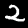
Label: 2